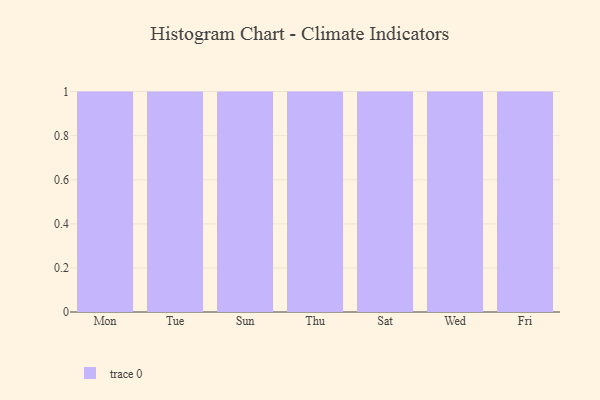
{"axis": {"x": "Day", "y": "Website Visitors"}, "legend": [""], "data": [{"x": "Mon", "y": 82, "type": ""}, {"x": "Tue", "y": 3, "type": ""}, {"x": "Sun", "y": 96, "type": ""}, {"x": "Thu", "y": 13, "type": ""}, {"x": "Sat", "y": 91, "type": ""}, {"x": "Wed", "y": 56, "type": ""}, {"x": "Fri", "y": 20, "type": ""}]}